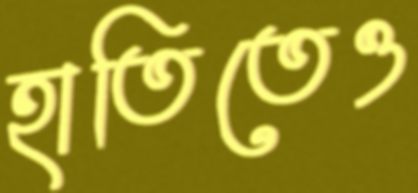
হাতিতেও